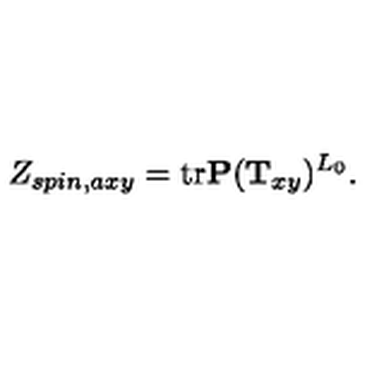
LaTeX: Z _ { s p i n , a x y } = \mathrm { t r } { \bf P } ( { \bf T } _ { x y } ) ^ { L _ { 0 } } .